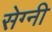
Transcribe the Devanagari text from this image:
सेग्नी